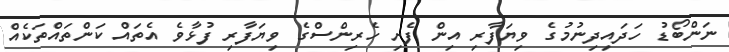
ނަންބޯޑު ހަދައިދިނުމުގެ ވިޔަފާރި އިން ފެށި ހެރިންސްގެ ވިޔަފާރި ފުޅާވެ އެތައް ކަންތައްތަކެއް